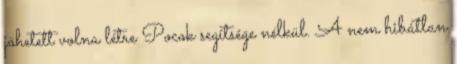
jöhetett volna létre Pocok segítsége nélkül. A nem hibátlan